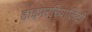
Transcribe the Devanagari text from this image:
हाइपररियालिटी